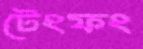
টেংফং